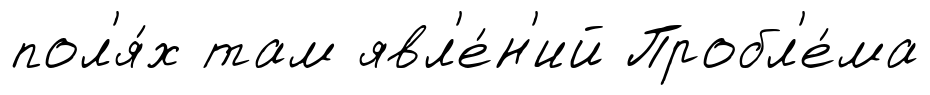
пол'я́х там явл'е́н'ий Пробл'е́ма